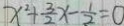
x ^ { 2 } + \frac { 3 } { 2 } x - \frac { 1 } { 2 } = 0